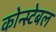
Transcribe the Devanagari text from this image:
कोन्स्टेबल